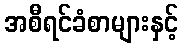
အစီရင်ခံစာများနှင့်